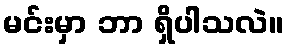
မင်းမှာ ဘာ ရှိပါသလဲ။